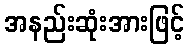
အနည်းဆုံးအားဖြင့်